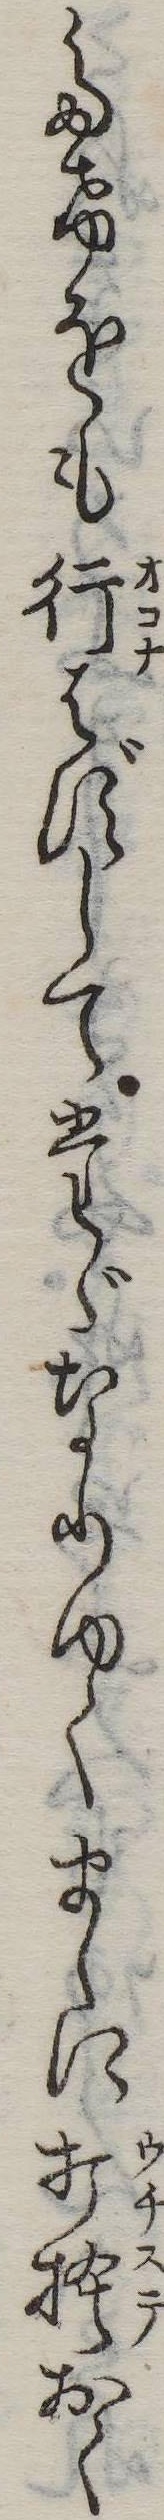
たけをも行はずしてたゞなりゆくまゝに打捨おく